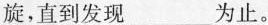
旋，直到发现___为止。